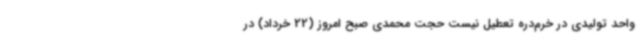
واحد تولیدی در خرم‌دره تعطیل نیست حجت محمدی صبح امروز (22 خرداد) در